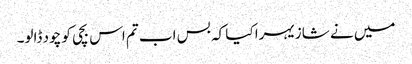
میں نے شازیہرا کیا کہ بس اب تم اس بچی کو چود ڈالو۔